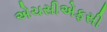
એચસીએફસી